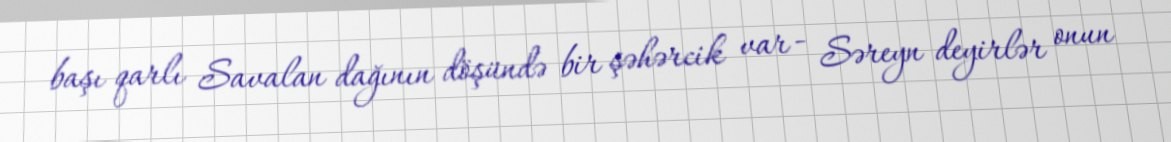
başı qarlı Savalan dağının döşündə bir şəhərcik var - Səreyn deyirlər onun